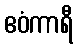
ဧဝံကာရီ